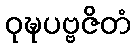
ဝုဍ္ဎပဗ္ဗဇိတံ